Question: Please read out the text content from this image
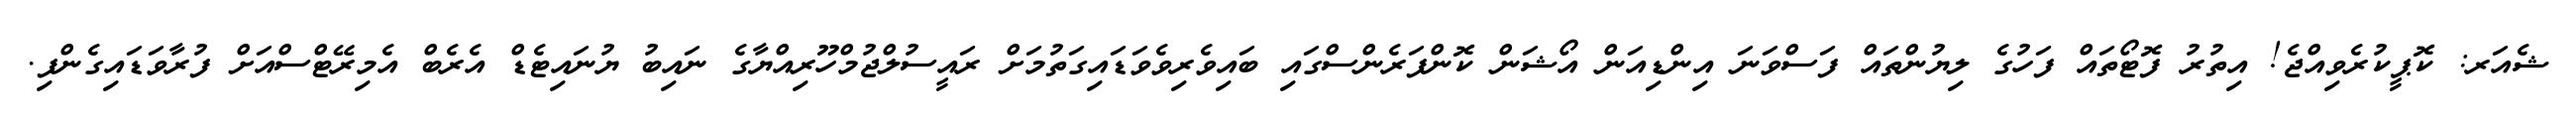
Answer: ޝެއަރ: ކޮޕީކުރެވިއްޖެ! އިތުރު ފޮޓޯތައް ފަހުގެ ލިޔުންތައް ފަސްވަނަ އިންޑިއަން އޯޝަން ކޮންފަރެންސްގައި ބައިވެރިވެވަޑައިގަތުމަށް ރައީސުލްޖުމްހޫރިއްޔާގެ ނައިބު ޔުނައިޓެޑް އެރެބް އެމިރޭޓްސްއަށް ފުރާވަޑައިގެންފި.